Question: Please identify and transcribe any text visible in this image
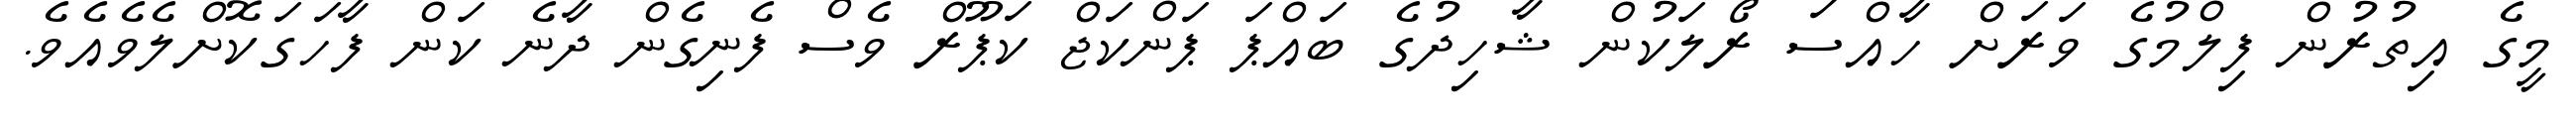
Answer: މީގެ އިތުރުން ފިލްމުގެ ވަރަށް ހާއްސަ ރޯލަކުން ޝާހިދުގެ ބައްޕަ ޕަންކަޖް ކަޕޫރް ވެސް ފެނިގެން ދާނެ ކަން ފާހަގަކޮށްލެވެއެވެ.